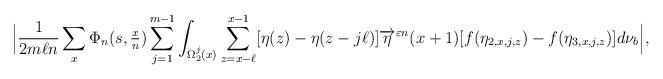
LaTeX: \begin{align*} \Big| \frac{1}{2m \ell n}\sum_{x } \Phi_{n}(s,\tfrac{x}{n} ) \sum_{j=1}^{m-1} \int_{\Omega_2^j(x)} \sum_{z = x-\ell}^{x-1} [ \eta(z) - \eta(z - j \ell) ] \overrightarrow{\eta}^{\varepsilon n}(x+1) [f ( \eta_{2,x,j,z} ) - f( \eta_{3,x,j,z} ) ] d\nu_{b} \Big|,\end{align*}